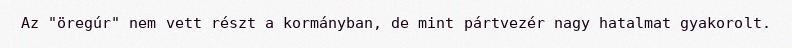
Az "öregúr" nem vett részt a kormányban, de mint pártvezér nagy hatalmat gyakorolt.